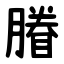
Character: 膡